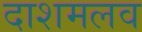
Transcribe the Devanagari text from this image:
दाशमलव